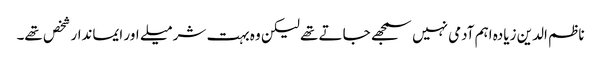
ناظم الدین زیادہ اہم آدمی نہیں سمجھے جاتے تھے لیکن وہ بہت شرمیلے اور ایماندار شخص تھے۔